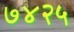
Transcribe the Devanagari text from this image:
७४२५